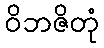
ဝိဘဇိတုံ